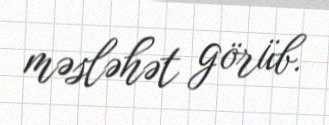
məsləhət görüb.